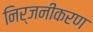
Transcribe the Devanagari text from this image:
निर्जनीकरण